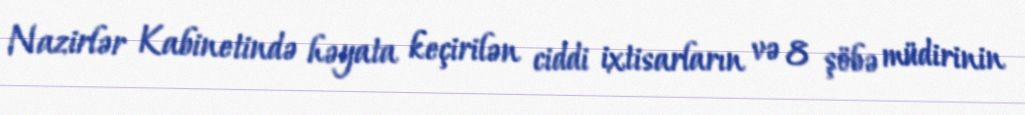
Nazirlər Kabinetində həyata keçirilən ciddi ixtisarların və 8 şöbə müdirinin